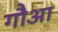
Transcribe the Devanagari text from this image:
गौआ